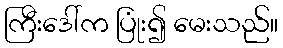
ကြီးဒေါ်က ပြုံး၍ မေးသည်။